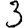
Digit: 3